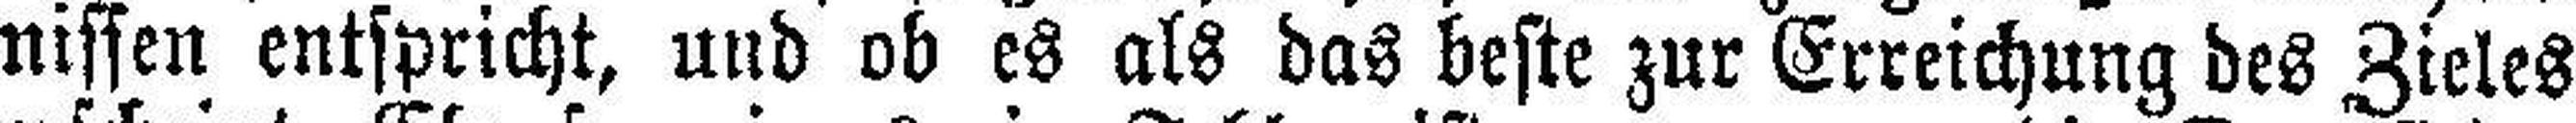
nissen entspricht, und ob es als das beste zur Erreichung des Zieles